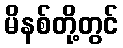
မိနစ်တို့တွင်